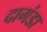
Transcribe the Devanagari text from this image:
दागंडा